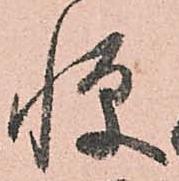
憚